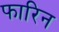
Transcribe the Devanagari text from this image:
फारिन